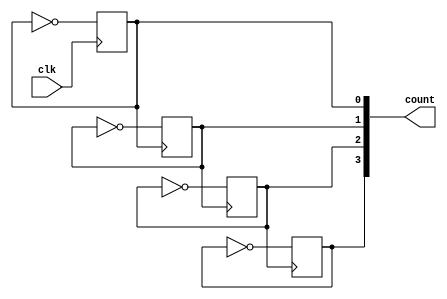
`timescale 1ns / 1ps
//////////////////////////////////////////////////////////////////////////////////
// Company: NIST
// 
// Design Name: 4 BIT ASYNCHRONOUS COUNTER
// Module Name: counter_4bit_asyn

// Dependencies: 
// 
// Revision:
// Revision 0.01 - File Created
// Additional Comments:
// 
//////////////////////////////////////////////////////////////////////////////////


module counter_4bit_asyn(
    input wire clk,
    output reg [3:0] count
    );
    initial count= 4'b0;
    
    always@(negedge clk)
    count[0]<=~count[0];
    
    
    always@(negedge count[0])
    count[1]<=~count[1];
    
    
    always@(negedge count[1])
    count[2]<=~count[2];
    
    
    always@(negedge count[2])
    count[3]<=~count[3];
    
endmodule